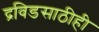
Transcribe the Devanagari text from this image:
द्रविडसाठीही